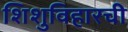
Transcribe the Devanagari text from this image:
शिशुविहारची